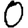
Digit: 0